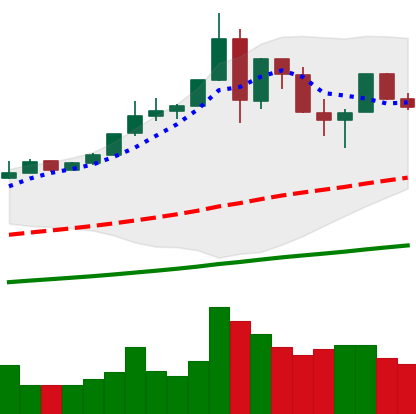
Ticker: BTC-USD
Chart end date: 2019-07-05
Forward return: 10.731%
Label: up_7plus